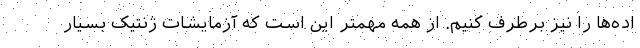
اده‌ها را نیز برطرف کنیم. از همه مهمتر این است که آزمایشات ژنتیک بسیار